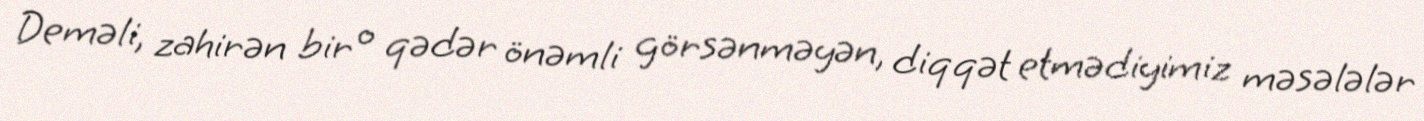
Deməli, zahirən bir o qədər önəmli görsənməyən, diqqət etmədiyimiz məsələlər